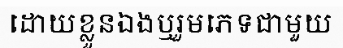
ដោយខ្លួនឯងឬរួមភេទជាមួយ